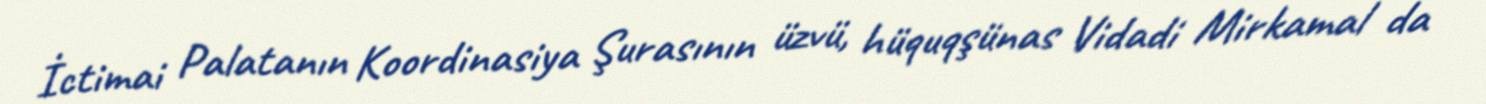
İctimai Palatanın Koordinasiya Şurasının üzvü, hüquqşünas Vidadi Mirkamal da